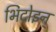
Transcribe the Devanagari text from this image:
भिदोइन्